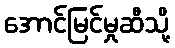
အောင်မြင်မှုဆီသို့